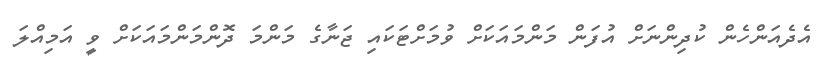
އެދެއަންހެން ކުދިންނަށް އުފަން މަންމައަކަށް ވުމަށްޓަކައި ޖަނާގެ މަންމަ ދޮންމަންމައަކަށް ވީ އަމިއްލަ